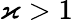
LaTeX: \varkappa>1